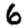
Digit: 6